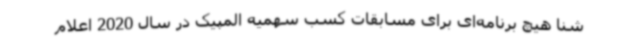
شنا هیچ برنامه‌ای برای مسابقات کسب سهمیه المپیک در سال 2020 اعلام